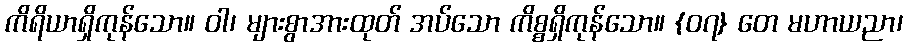
ကိရိယာရှိကုန်သော။ ဝါ၊ များစွာအားထုတ် အပ်သော ကိစ္စရှိကုန်သော။ {၀၇} တေ မဟာယညာ၊